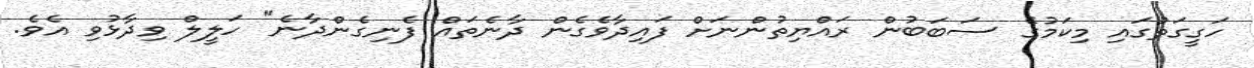
ހަގީގަތުގައި މިކަމުގެ ސަބަބުން ރައްޔިތުންނަށް ފައިދާވެގެން ދާނެތައް ފެނިގެންދާނެ" ހަލީލް ވިދާޅުވި އެވެ.